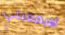
اسمعيني